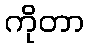
ကိုတာ